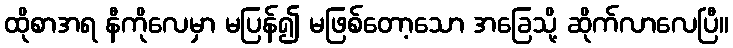
ထိုစာအရ နီကိုလေမှာ မပြန်၍ မဖြစ်တော့သော အခြေသို့ ဆိုက်လာလေပြီ။